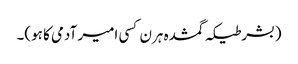
(بشرطیکہ گمشدہ ہرن کسی امیر آدمی کا ہو)۔